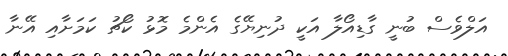
އަލްވެސް ބުނީ ގާޑިއޯލާ އަކީ ދުނިޔޭގެ އެންމެ މޮޅު ކޯޗު ކަމަށާއި އޭނާ